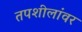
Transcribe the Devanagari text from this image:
तपशीलांवर